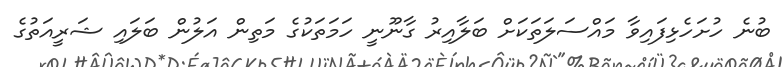
ބުނެ ހުށަހެޅިފައިވާ މައްސަލަތަކަށް ބަލާއިރު ގާނޫނީ ހަމަތަކުގެ މަތިން އަލުން ބަލައި ޝަރީއަތުގެ